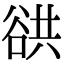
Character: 谼